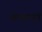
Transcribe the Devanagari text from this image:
लाकायने